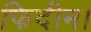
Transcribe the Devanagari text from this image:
फिदीम।